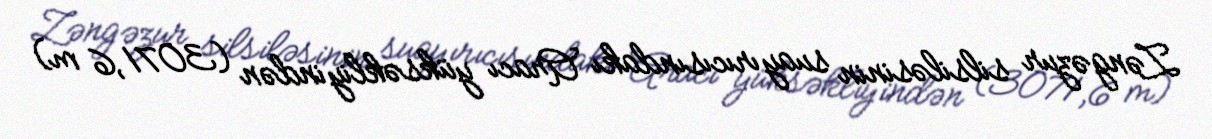
Zəngəzur silsiləsinin suayırıcısındakı Aracı yüksəkliyindən (3071,6 m)